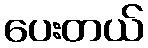
ပေးတယ်